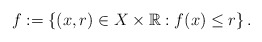
\begin{align*} f :=\left\{ (x,r) \in X\times \mathbb{R}: f(x) \leq r\right\}.\end{align*}